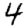
Digit: 4